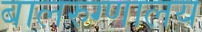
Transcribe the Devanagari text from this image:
बालरुग्णालय